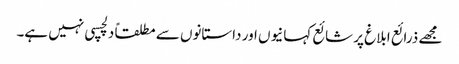
مجھے ذرائع ابلاغ پر شائع کہانیوں اور داستانوں سے مطلقاً دلچسپی نہیں ہے۔